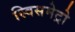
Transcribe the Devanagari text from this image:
स्विसमेट्रो